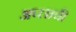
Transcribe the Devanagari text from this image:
अप्लावी